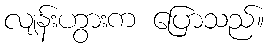
လျန်းဟွားက ပြောသည်။